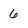
Character: 6